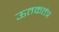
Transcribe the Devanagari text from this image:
ऊतकतंत्र